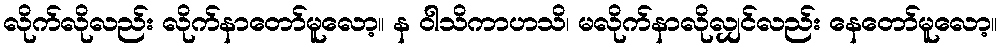
လိုက်လိုလည်း လိုက်နာတော်မူလော့။ န ဝါသိကာဟသိ၊ မလိုက်နာလိုလျှင်လည်း နေတော်မူလော့။